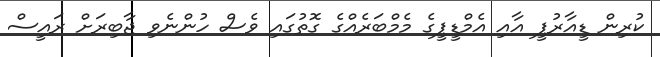
ކުރިން ޑީއާރުޕީ އާއި އެމްޑީޕީގެ މެމްބަރެއްގެ ގޮތުގައި ވެސް ހުންނެވި ޖާބިރަށް ރައީސް